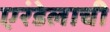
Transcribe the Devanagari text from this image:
एरंडेलाची